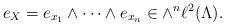
LaTeX: \begin{align*}e_X=e_{x_1}\wedge\cdots \wedge e_{x_n} \in \wedge^{n}\ell^2(\Lambda).\end{align*}